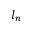
l _ { n }